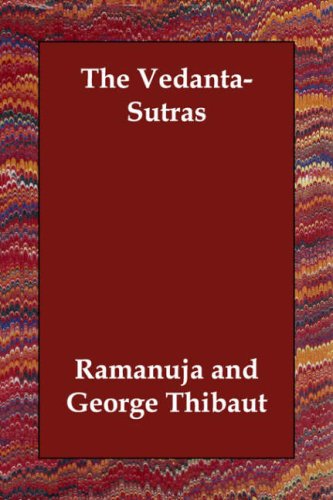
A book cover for The Vedanta-Sutras; Religion & Spirituality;